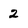
Character: 2